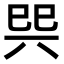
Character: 巺